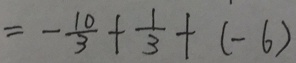
= - \frac { 1 0 } { 3 } + \frac { 1 } { 3 } + ( - 6 )